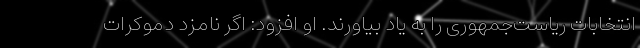
انتخابات ریاست‌جمهوری را به یاد بیاورند. او افزود: اگر نامزد دموکرات